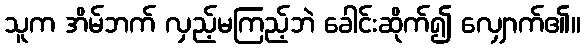
သူက အိမ်ဘက် လှည့်မကြည့်ဘဲ ခေါင်းဆိုက်၍ လျှောက်၏။